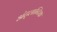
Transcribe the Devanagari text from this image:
अंट्लान्टिक